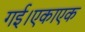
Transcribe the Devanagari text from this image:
गई।एकाएक